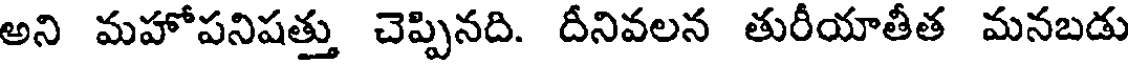
అని మహోపనిషత్తు చెప్పినది. దీనివలన తురీయాతీత మనబడు